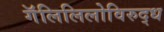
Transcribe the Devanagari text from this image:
गॅलिलिलोविरुद्ध